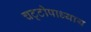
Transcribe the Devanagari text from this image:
चट्‌टोपाध्याय